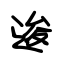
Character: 逡